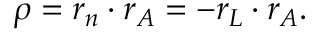
\rho = r _ { n } \cdot r _ { A } = - r _ { L } \cdot r _ { A } .